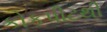
કોકપીટથી